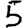
Digit: 5